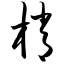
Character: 梢